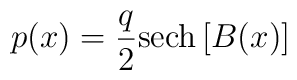
p(x) = {q\over{2}} {\rm sech}\left[B(x)\right]